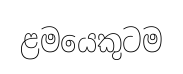
ළමයෙකුටම